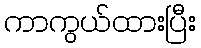
ကာကွယ်ထားပြီး